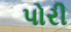
પોરી